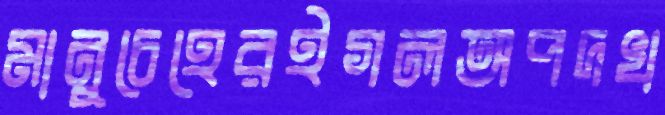
মানুচেহেরইগলঅপদখ